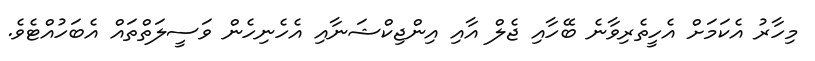
މިހާރު އެކަމަށް އެހީތެރިވާނެ ބޭހާއި ޖެލް އާއި އިންޖިކްޝަނާއި އެހެނިހެން ވަސީލަތްތައް އެބަހުއްޓެވެ.